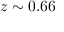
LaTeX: z \sim 0 . 6 6